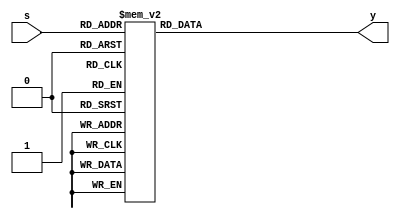
module decode_38(
input [2:0] s,
output [7:0] y
    );
reg [7:0] y;

always @(s) 
begin 
	case (s)
		3'b000:y=8'b0000_0001;

		3'b001:y=8'b0000_0010;

		3'b010:y=8'b0000_0100;

		3'b011:y=8'b0000_1000;

		3'b100:y=8'b0001_0000;

		3'b101:y=8'b0010_0000;

		3'b110:y=8'b0100_0000;

		3'b111:y=8'b1000_0000;

		default : y=8'b0000_0000/* default */;
	endcase
end
endmodule